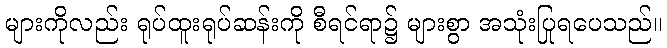
များကိုလည်း ရုပ်ထူးရုပ်ဆန်းကို စီရင်ရာ၌ များစွာ အသုံးပြုရပေသည်။